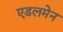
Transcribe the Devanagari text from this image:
एडलमेन